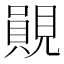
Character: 䚋